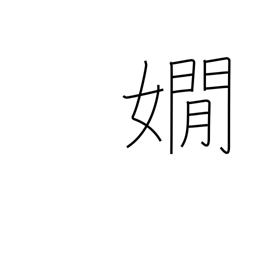
Meaning: refined